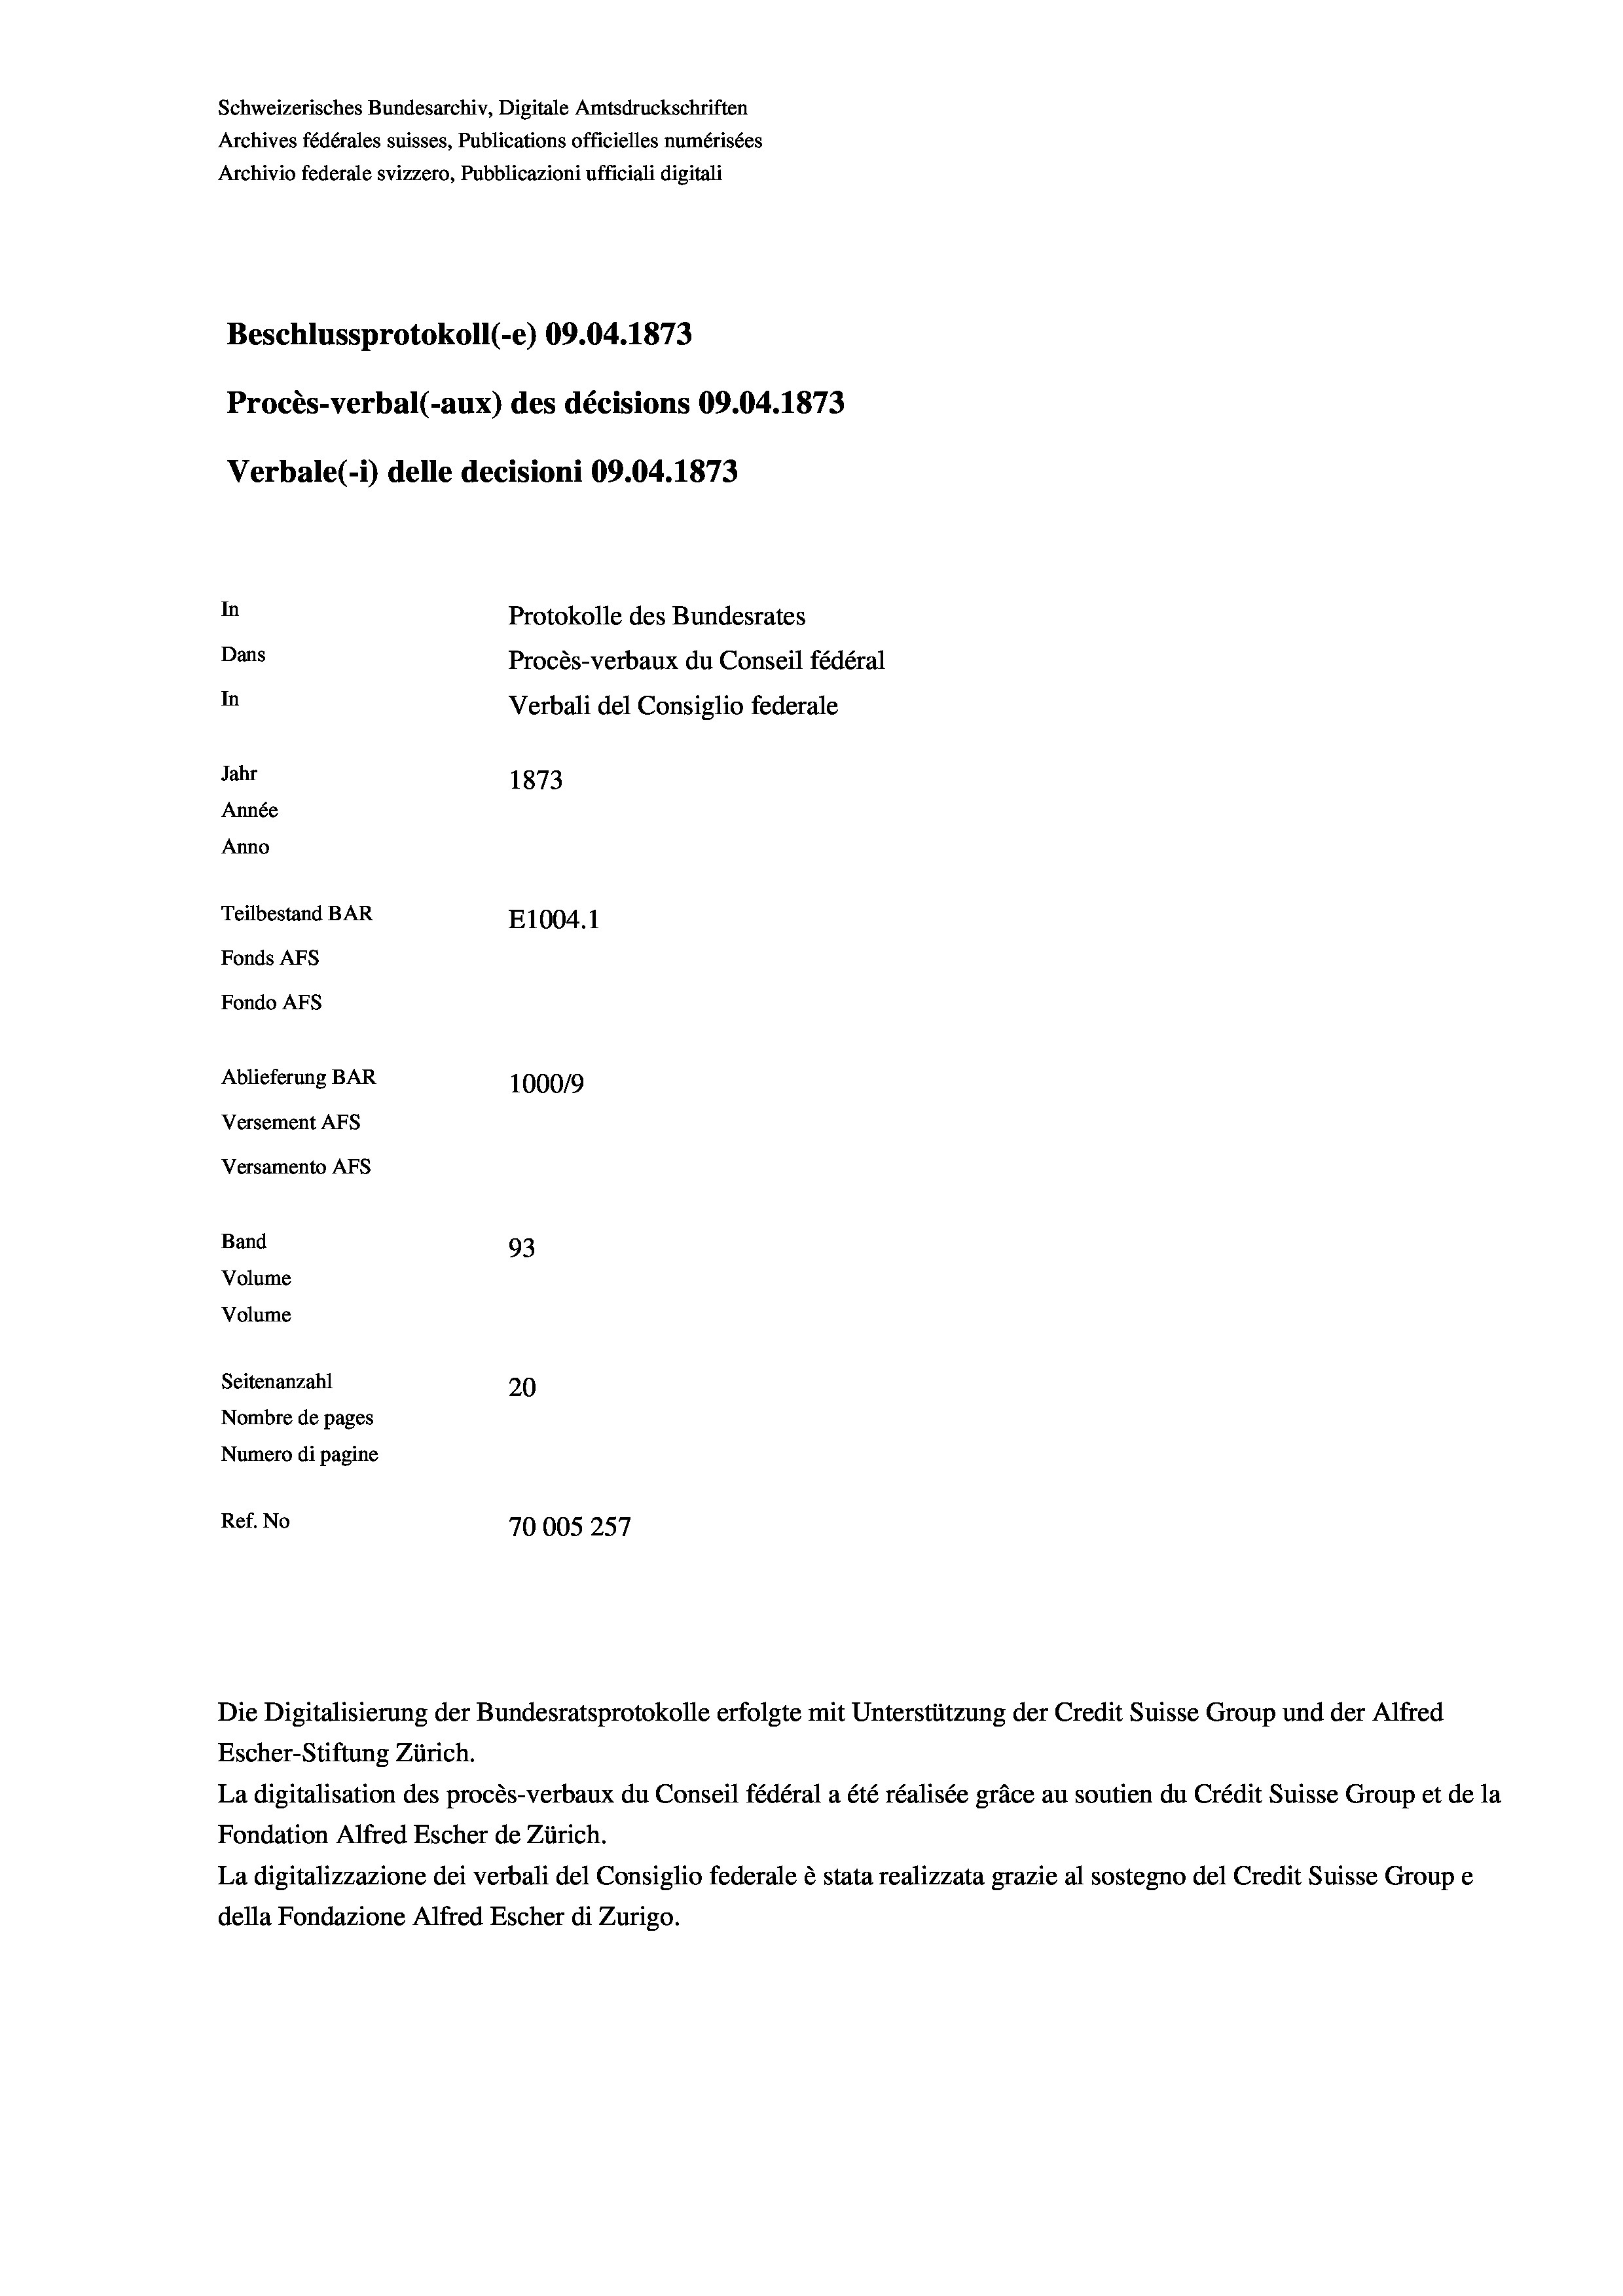
Schweizerisches Bundesarchiv, Digitale Amtsdruckschriften
Archives fédérales suisses, Publications officielles numérisées
Archivio federale svizzero, Pubblicazioni ufficiali digitali
Beschlussprotokoll (-e) 09.04. 1873
Procès-verbal (-aux) des décisions 09.04. 1873
Verbale (1) delle decisioni 09.04. 1873
In
Protokolle des Bundesrates
Dans
Procès-verbaux du Conseil fédéral
In
Verbali del Consiglio federale
Jahr
1873
Année
Anno
Teilbestand BAR
E1004. 1
Fonds AFs
Fondo AFs
Ablieferung BAR
100019
Versement Abs
Versamento AFs
Band
93
Volume
Volume
Seitenanzahl
20
Nombre de pages
Numero di pagine
Ref. No
70005 257

Escher-Stiftung Zürich.
La digitalisation des procès-verbaux du Conseil fédéral a été réalisée gräce au soutien du Crédit Suisse Group et de la
Fondation Alfred Escher de Zürich.
La digitalizzazione dei verbali del Consiglio federale è stata realizzata grazie al sostegno del Credit Suisse Groupe
della Fondazione Alfred Escher di Zurigo.

Die Digitalisierung der Bundesratsprotokolle erfolgte mit Unterstützung der Credit Suisse Group und der Alfred